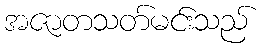
အဇာတသတ်မင်းသည်